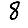
Digit: 8